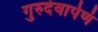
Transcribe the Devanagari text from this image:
गुरुदेवार्पणं